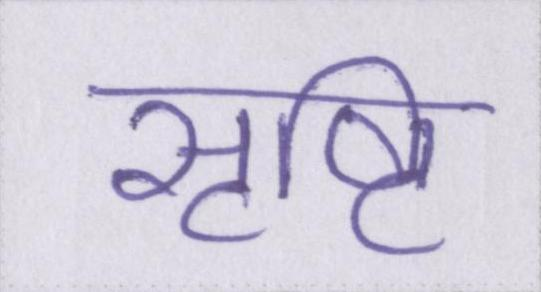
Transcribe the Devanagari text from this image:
सृष्टि